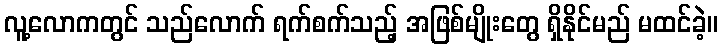
လူ့လောကတွင် သည်လောက် ရက်စက်သည့် အဖြစ်မျိုးတွေ ရှိနိုင်မည် မထင်ခဲ့။